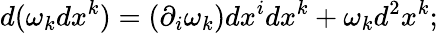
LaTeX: d(\omega_{k}dx^{k})=(\partial_{i}\omega_{k})dx^{i}dx^{k}+\omega_{k}d^{2}x^{k};